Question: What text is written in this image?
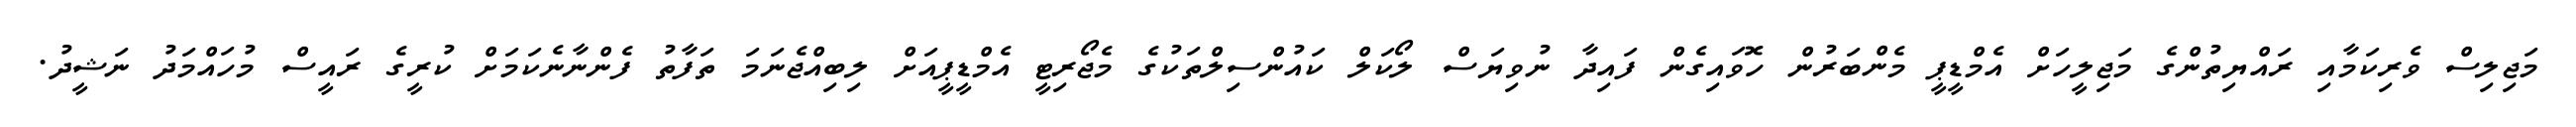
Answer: މަޖިލިސް ވެރިކަމާއި ރައްޔިތުންގެ މަޖިލީހަށް އެމްޑީޕީ މެންބަރުން ހޮވައިގެން ފައިދާ ނުވިޔަސް ލޯކަލް ކައުންސިލްތަކުގެ މެޖޯރިޓީ އެމްޑީޕީއަށް ލިބިއްޖެނަމަ ތަފާތު ފެންނާނެކަމަށް ކުރީގެ ރައީސް މުހައްމަދު ނަޝީދު.